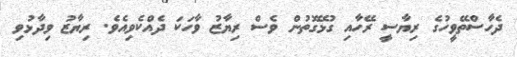
ދެހާސްތޭވީހުގެ ރިޔާސީ ރޭހާއި ގުޅޭގޮތުން ވެސް ރިޔާޒު ވާހަކަ ދެއްކެވިއެވެ. ރިޔާޒު ވިދާޅުވި